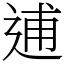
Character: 逋